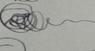
Signature authenticity: genuine